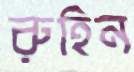
রুহিন